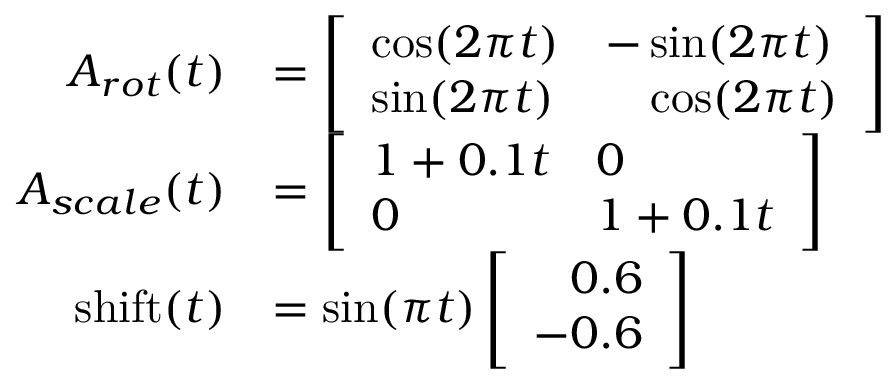
\begin{array} { r l } { A _ { r o t } ( t ) } & { = \left[ \begin{array} { l l } { \cos ( 2 \pi t ) } & { - \sin ( 2 \pi t ) } \\ { \sin ( 2 \pi t ) } & { \phantom { - } \cos ( 2 \pi t ) } \end{array} \right] } \\ { A _ { s c a l e } ( t ) } & { = \left[ \begin{array} { l l } { 1 + 0 . 1 t } & { 0 } \\ { 0 } & { 1 + 0 . 1 t } \end{array} \right] } \\ { \mathrm { s h i f t } ( t ) } & { = \sin ( \pi t ) \left[ \begin{array} { l } { \phantom { - } 0 . 6 } \\ { - 0 . 6 } \end{array} \right] } \end{array}